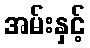
အမ်းနှင့်